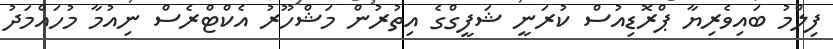
ފިލްމު ބައިވެރިޔާ ޕްރޮޑިއުސް ކުރަނީ ޝަފީގްގެ އިތުރުން މަޝްހޫރު އެކްޓްރެސް ނިއުމާ މުހައްމަދު